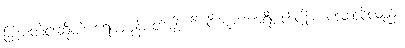
မြူးစံတဲ့ငါးဆိုတဲ့ ရေယမုန်ပတ်ပျိုးကို ဝိဇယကာရီပတ်ပျိုးကလေးလို့လည်း